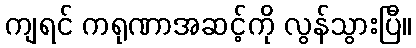
ကျရင် ကရုဏာအဆင့်ကို လွန်သွားပြီ။